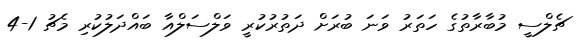
ޗެލްސީ މުބާރާތުގެ ހަތަރު ވަނަ ބުރަށް ދަތުރުކުރީ ވަލްސަލްއާ ބައްދަލުކުރި މެޗު 1-4